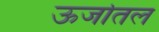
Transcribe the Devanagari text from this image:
ऊर्जातल